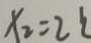
x _ { 2 } = 2 b